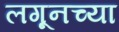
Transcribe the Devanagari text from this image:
लगूनच्या